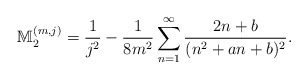
\begin{align*}\mathbb{M}_2^{(m,j)}=\frac{1}{j^2}-\frac{1}{8m^2}\sum_{n=1}^{\infty}\frac{2n+b}{(n^2+an+b)^2}.\end{align*}